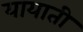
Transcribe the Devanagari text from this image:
यायाती